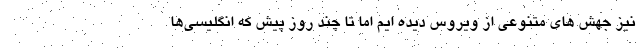
نیز جهش های متنوعی از ویروس دیده ایم اما تا چند روز پیش که انگلیسی‌‌ها